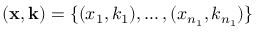
( \mathbf x , \mathbf k ) = \{ ( x _ { 1 } , k _ { 1 } ) , \dots , ( x _ { n _ { 1 } } , k _ { n _ { 1 } } ) \}